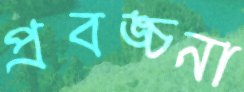
প্রবঙ্চনা